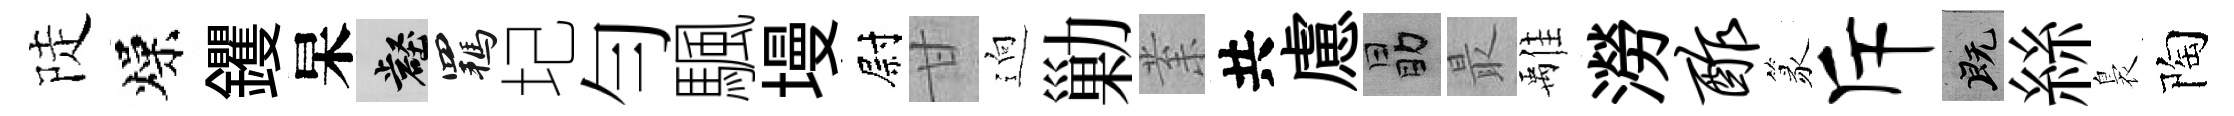
陡燥钁杲壑羈圮勻颿墁尉甘逈勦𭪙共慮勗最𩀌澇酢篆斥既絲裊陶